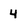
Character: 4